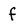
Character: f